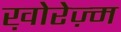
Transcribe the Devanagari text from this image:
ख़ोरेज़्म